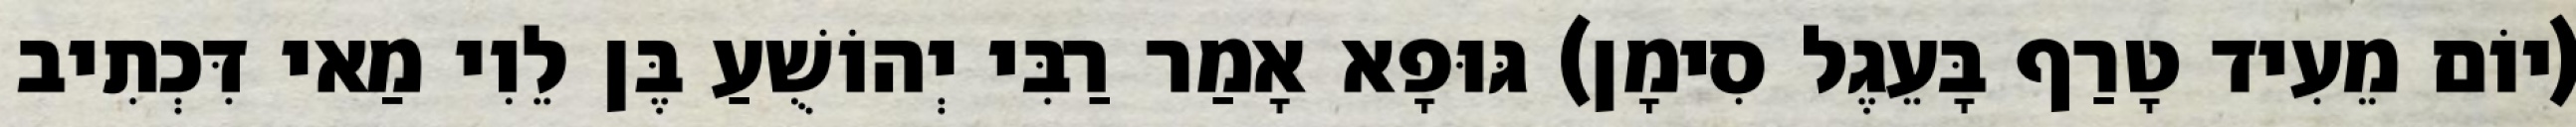
(יוֹם מֵעִיד טָרַף בָּעֵגֶל סִימָן) גּוּפָא אָמַר רַבִּי יְהוֹשֻׁעַ בֶּן לֵוִי מַאי דִּכְתִיב